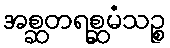
အစ္ဆတရစ္ဆမံသဉ္စ